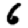
Digit: 6